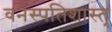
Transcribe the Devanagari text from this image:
वनस्पतिशास्त्र्